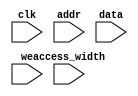
// This program was cloned from: https://github.com/RustamSubkhankulov/verilog-labs
// License: MIT License

module mem_ctl(
    
    /* Input clocking signal */
    input wire clk,

    /* Address in memory, where to write */
    input wire [31:0]addr,
    /* Data to be written to memory at 'addr' */
    input wire [31:0]data,
    
    /* Write-enable control signal */
    input wire we,

    /* Memory access width */
    input wire [1:0]access_width
);

reg [31:0] value = 0;

always @(posedge clk) begin
    
    /* Simulate write to memory if we is set */
    if (we) begin

        case(access_width)
            3'b00: value = {24'b0, data[7:0]};
            3'b01: value = {16'b0, data[15:0]};
            3'b10: value = data;
        endcase

        $display("[%h] <- %h \n", addr, value);
    end
end

endmodule